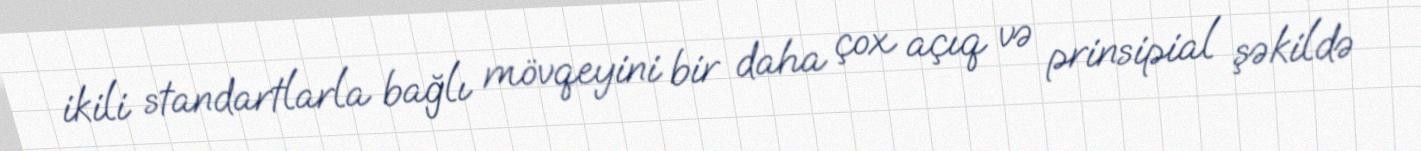
ikili standartlarla bağlı mövqeyini bir daha çox açıq və prinsipial şəkildə